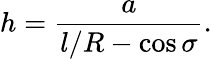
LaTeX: h=\frac{a}{l/R-\cos\sigma}.